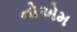
નોએમ